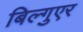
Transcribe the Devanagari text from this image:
बिल्गुएर